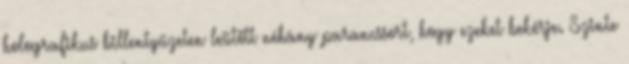
holografikus billentyűzeten leütött néhány parancssort, hogy ezeket bekérje. Szinte